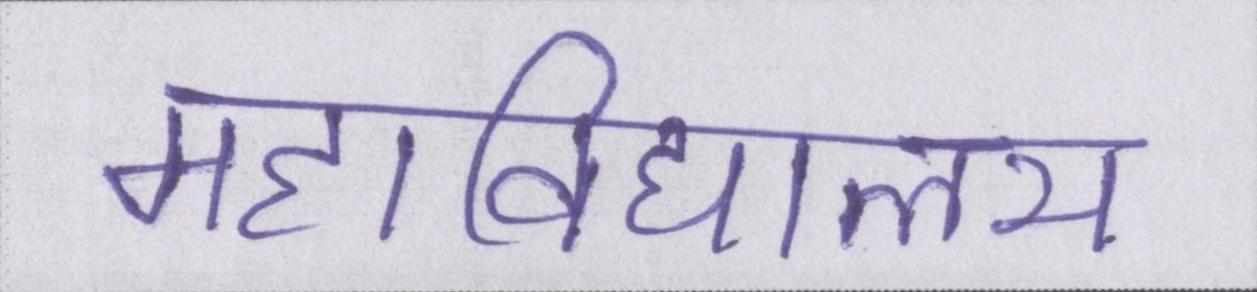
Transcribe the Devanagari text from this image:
महाविद्यालय